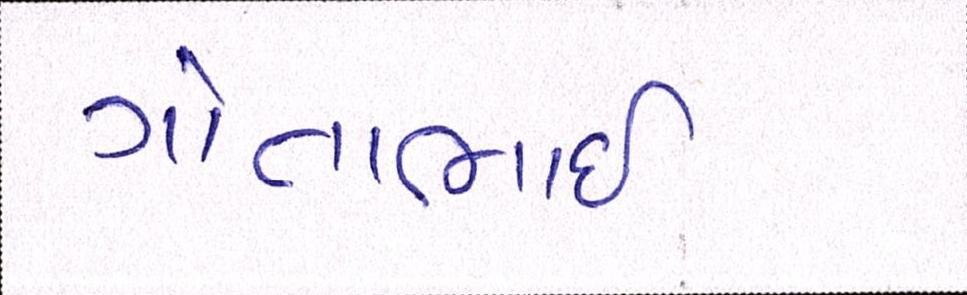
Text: ગોતાભાઈ